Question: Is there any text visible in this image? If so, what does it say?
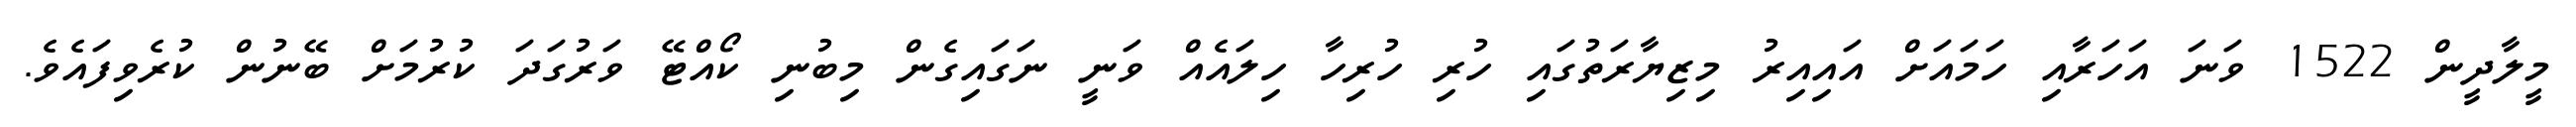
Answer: މީލާދީން 1522 ވަނަ އަހަރާއި ހަމައަށް އައިއިރު މިޒިޔާރަތުގައި ހުރި ހުރިހާ ހިލައެއް ވަނީ ނަގައިގެން މިބުނި ކޯއްޓޭ ވަރުގަދަ ކުރުމަށް ބޭނުން ކުރެވިފައެވެ.